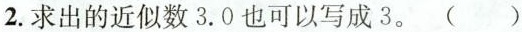
2.求出的近似数3.0也可以写成3.()